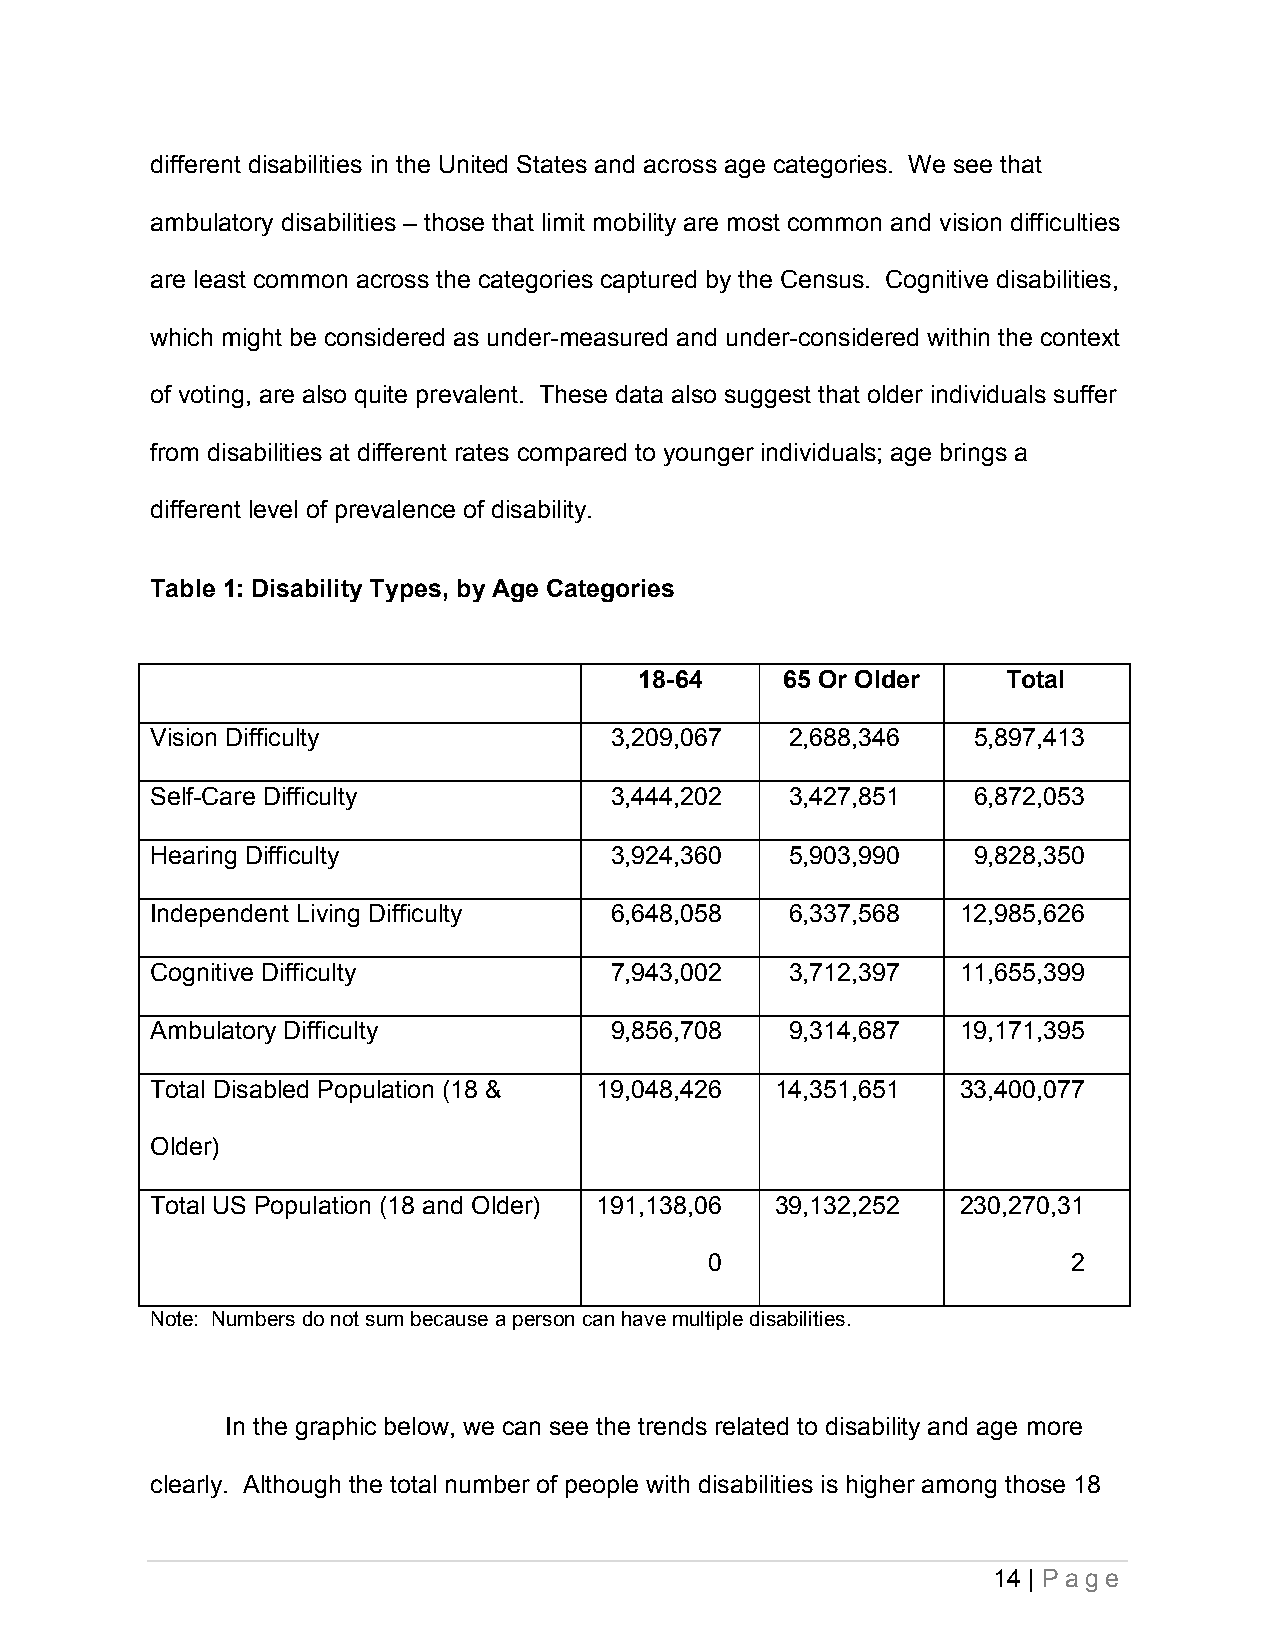
different disabilities in the United States and across age categories. We see that
 ambulatory disabilities – those that limit mobility are most common and vision difficulties
 are least common across the categories captured by the Census. Cognitive disabilities,
 which might be considered as under-measured and under-considered within the context
 of voting, are also quite prevalent. These data also suggest that older individuals suffer
 from disabilities at different rates compared to younger individuals; age brings a
 different level of prevalence of disability.
 Table 1: Disability Types, by Age Categories
 18-64     65 Or Older    Total
 Vision Difficulty             3,209,067   2,688,346   5,897,413
 Self-Care Difficulty          3,444,202   3,427,851   6,872,053
 Hearing Difficulty            3,924,360   5,903,990   9,828,350
 Independent Living Difficulty 6,648,058   6,337,568   12,985,626
 Cognitive Difficulty          7,943,002   3,712,397   11,655,399
 Ambulatory Difficulty         9,856,708   9,314,687   19,171,395
 Total Disabled Population (18 & 19,048,426 14,351,651 33,400,077
 Older)
 Total US Population (18 and Older) 191,138,06 39,132,252 230,270,31
 0                       2
 Note: Numbers do not sum because a person can have multiple disabilities.
 In the graphic below, we can see the trends related to disability and age more
 clearly. Although the total number of people with disabilities is higher among those 18
 14 | P a ge